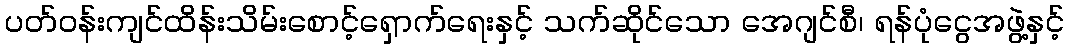
ပတ်ဝန်းကျင်ထိန်းသိမ်းစောင့်ရှောက်ရေးနှင့် သက်ဆိုင်သော အေဂျင်စီ၊ ရန်ပုံငွေအဖွဲ့နှင့်